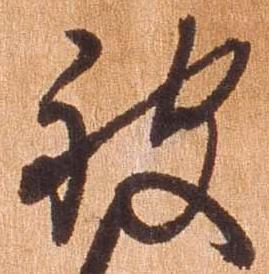
被